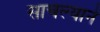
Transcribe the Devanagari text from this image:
साचल्याने